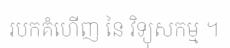
របកគំហើញ នៃ វិទ្យុសកម្ម ។